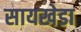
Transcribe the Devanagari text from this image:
सायखेडा